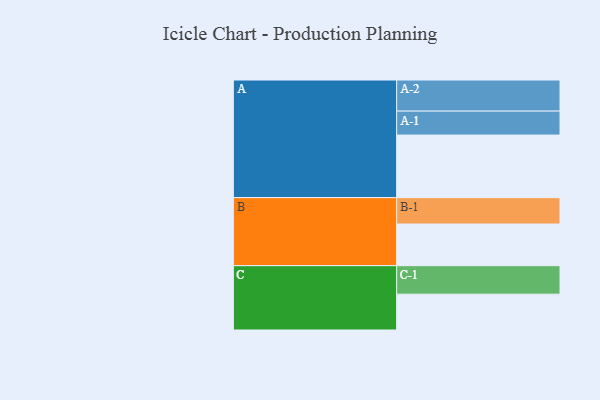
{"axis": {"x": "Segment", "y": "Value"}, "legend": ["", "A", "B", "C"], "data": [{"x": "A", "y": 569, "type": ""}, {"x": "B", "y": 379, "type": ""}, {"x": "C", "y": 326, "type": ""}, {"x": "A-1", "y": 218, "type": "A"}, {"x": "A-2", "y": 283, "type": "A"}, {"x": "B-1", "y": 240, "type": "B"}, {"x": "C-1", "y": 259, "type": "C"}]}